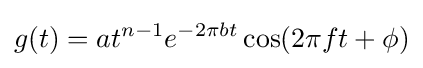
g(t)=at^{n-1}e^{-2\pi bt}\cos(2\pi ft+\phi )